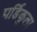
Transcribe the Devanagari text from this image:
पर्डिकुला